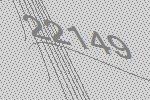
22149